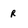
Character: r